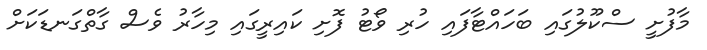
މާފުށީ ސްކޫލުގައި ބަހައްޓާފައި ހުރި ވޯޓު ފޮށި ކައިރީގައި މިހާރު ވެސް ގާތްގަނޑަކަށް